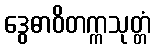
ဒွေဓာဝိတက္ကသုတ္တံ